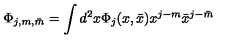
\Phi _ { j , m , \bar { m } } = \int d ^ { 2 } x \Phi _ { j } ( x , \bar { x } ) x ^ { j - m } \bar { x } ^ { j - \bar { m } }